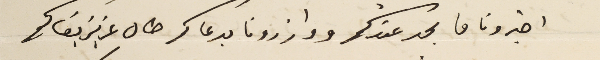
اخبرونا ما بجد عندكم ووازرونا بدعاكم طال عزيز بقاكم